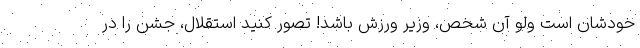
خودشان است ولو آن شخص، وزیر ورزش باشد! تصور کنید استقلال، جشن را در